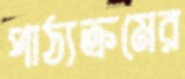
পাঠ্যক্রমের